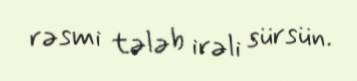
rəsmi tələb irəli sürsün.